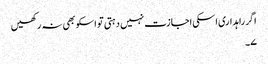
اگر راہداری اسکی اجازت نہیں دہتی تو اسکو بھی نہ رکھیں
۷۔